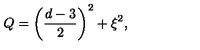
Q = \left( \frac { d - 3 } { 2 } \right) ^ { 2 } + \xi ^ { 2 } ,